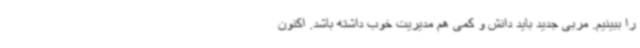
را ببینیم. مربی جدید باید دانش و کمی هم مدیریت خوب داشته باشد. اکنون